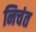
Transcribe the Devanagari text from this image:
निचंत